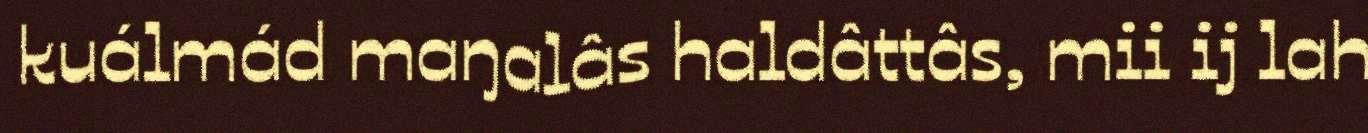
kuálmád maŋalâs haldâttâs, mii ij lah